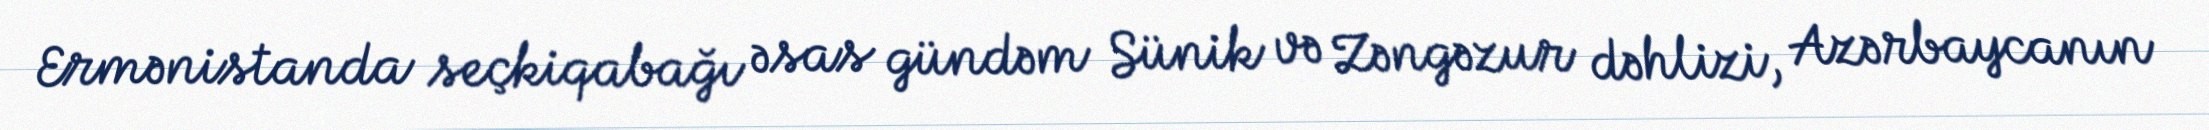
Ermənistanda seçkiqabağı əsas gündəm Sünik və Zəngəzur dəhlizi, Azərbaycanın